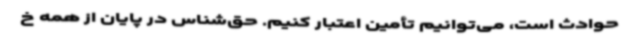
حوادث است، می‌توانیم تأمین اعتبار کنیم. حق‌شناس در پایان از همه خ